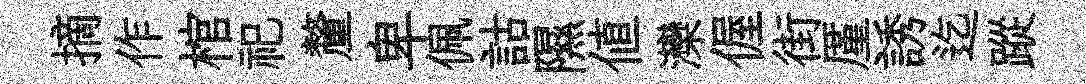
摘作棺祀釐卑佩詁隰値灤偓街厪誘迄蹤